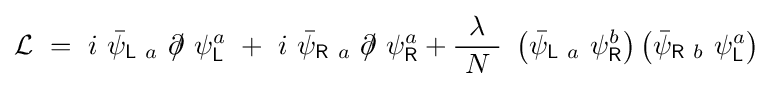
{\mathcal {L}}\ =\ i\ {\bar {\psi }}_{{\mathsf {L}}\ a}\ \partial \!\!\!/\ \psi _{\mathsf {L}}^{a}\ +\ i\ {\bar {\psi }}_{{\mathsf {R}}\ a}\ \partial \!\!\!/\ \psi _{\mathsf {R}}^{a}+{\frac {\lambda }{\ N\ }}\ \left({\bar {\psi }}_{{\mathsf {L}}\ a}\ \psi _{\mathsf {R}}^{b}\right)\left({\bar {\psi }}_{{\mathsf {R}}\ b}\ \psi _{\mathsf {L}}^{a}\right)~